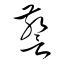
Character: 警